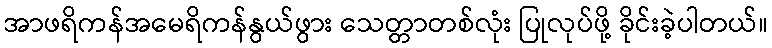
အာဖရိကန်အမေရိကန်နွယ်ဖွား သေတ္တာတစ်လုံး ပြုလုပ်ဖို့ ခိုင်းခဲ့ပါတယ်။